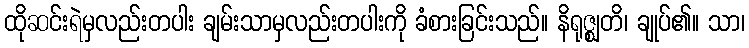
ထိုဆင်းရဲမှလည်းတပါး ချမ်းသာမှလည်းတပါးကို ခံစားခြင်းသည်။ နိရုဇ္ဈတိ၊ ချုပ်၏။ သာ၊